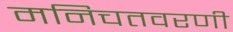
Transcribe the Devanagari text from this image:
मनिचतवरणी